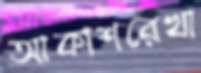
আকাশরেখা